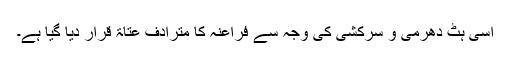
اسی ہٹ دھرمی و سرکشی کی وجہ سے فراعنہ کا مترادف عُتَاۃ قرار دیا گیا ہے۔